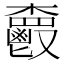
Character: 𩰦